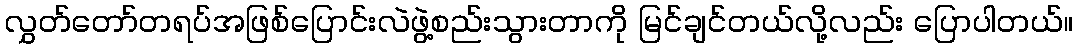
လွှတ်တော်တရပ်အဖြစ်ပြောင်းလဲဖွဲ့စည်းသွားတာကို မြင်ချင်တယ်လို့လည်း ပြောပါတယ်။